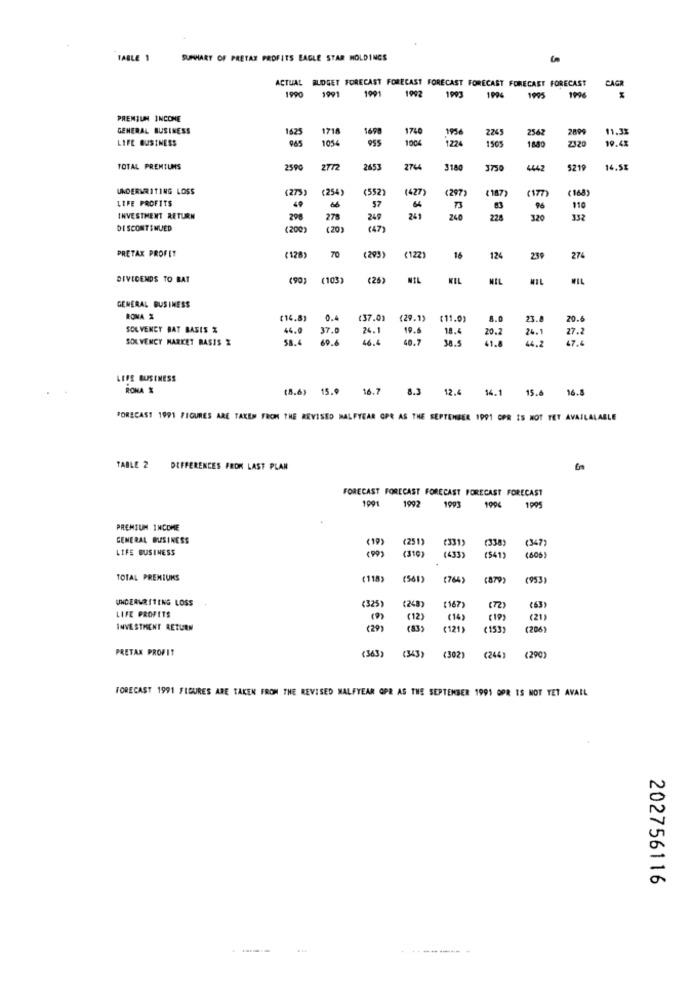
TABLE 1
SUMMARY OF PRETAX PROFITS EAGLE STAR MOLDINGS
ACTUAL BUDGET FORECAST FORECAST FORECAST FORECAST FORECAST FORECAST
CAGR
1990
1991
1991
1992
1993
1995
1996
PREMIUM INCOME
GENERAL BUSINESS
1625
1718
1698
1740
1956
2265
2562
2899
11.35
LIFE BUSINESS
965
1054
1224
1505
1880
Z320
19.4%
TOTAL PREMIUMS
2590
2772
2653
2744
3180
1750
4442
5219
14.5%
UNDERWRITING LOSS
(273)
(254)
(552)
(427)
(297)
( 187
(168)
LIFE PROFITS
(17)
69
57
96
110
INVESTMENT RETURN
298
278
249
241
228
320
332
DISCONTINUED
(200)
(20)
(47)
PRETAX PROFIT
70
(128)
(293)
(122)
16
124
239
274
DIVIDENDS TO BAT
(103)
(25)
MIL
KIL
MIL
MIL
WIL
GENERAL BUSINESS
RONA %
(14.8)
0.4
(37.0)
(29.1)
(11.0)
8.0
23.8
20.
SOLVENCY BAT BASIS %
44.0
37.0
24.1
19.6
18.4
20.2
SOL VENCY MARKET BASIS %
58.4
69.6
46.4
40.7
44.2
26.1
27.2
47.4
LEFE BUSINESS
RONA &
(8.6) 15.9
16.7 8.3 12.4 14.1 15.6 16.8
FORECAST 1991 FIGURES ARE TAKEN FROM THE REVISED HALFYEAR OPR AS THE SEPTEMBER 1991 CPR IS NOT TET AVAILALABLE
TABLE 2 DIFFERENCES FROM LAST PLAN
FORECAST FORECAST FORECAST FORECAST FORECAST
1991
1992
1993
1906
1995
PREMIUM INCOME
GENERAL BUSINESS
(19)
(251
(331)
(338)
(347)
LIFE BUSINESS
(310
(433)
(541)
(606)
TOTAL PREMIUMS
(118)
(561)
764)
(879)
(953)
UNDERWRITING LOSS
<325
LIFE PROFITS
(248;
(167)
(72)
(63)
(12)
( IP)
(21)
INVESTMENT RETURN
(29)
(83)
(121)
(153)
(206
PRETAX PROFIT
(363)
(343)
(302)
(244)
(290)
FORECAST 1991 FIGURES ARE TAKEN FROM THE REVISED HALFYEAR OPR AS THE SEPTEMBER 1991 OPR IS NOT YET AVAIL
202756116
...